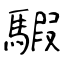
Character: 騢